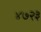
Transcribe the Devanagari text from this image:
४७२३